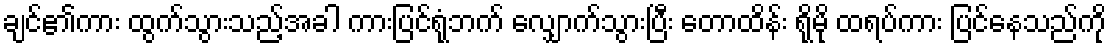
ချင်၏ကား ထွက်သွားသည့်အခါ ကားပြင်ရုံဘက် လျှောက်သွားပြီး တောထိန်း ရိုမို ထရပ်ကား ပြင်နေသည်ကို